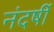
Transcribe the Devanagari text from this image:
नंदर्षी